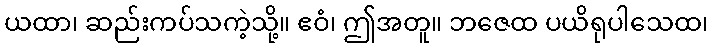
ယထာ၊ ဆည်းကပ်သကဲ့သို့။ ဧဝံ၊ ဤအတူ။ ဘဇေထ ပယိရုပါသေထ၊